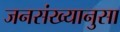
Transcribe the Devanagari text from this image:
जनसंख्यानुसा